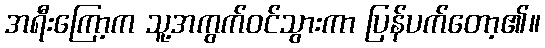
အရီးကြော့က သူ့အကွက်ဝင်သွားကာ ပြန်ပက်တော့၏။